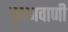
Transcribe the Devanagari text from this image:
कृष्णवाणी